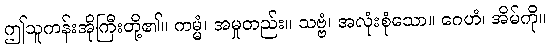
ဤသူကန်းအိုကြီးတို့၏။ ကမ္မံ၊ အမှုတည်း။ သဗ္ဗံ၊ အလုံးစုံသော။ ဂေဟံ၊ အိမ်ကို။